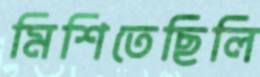
মিশিতেছিলি